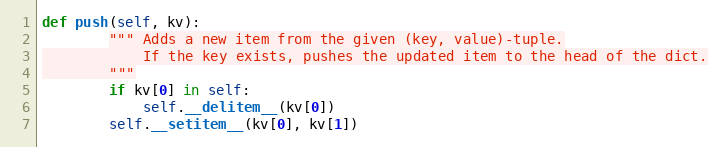
Language: Python
def push(self, kv):
        """ Adds a new item from the given (key, value)-tuple.
            If the key exists, pushes the updated item to the head of the dict.
        """
        if kv[0] in self:
            self.__delitem__(kv[0])
        self.__setitem__(kv[0], kv[1])